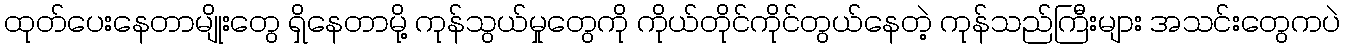
ထုတ်ပေးနေတာမျိုးတွေ ရှိနေတာမို့ ကုန်သွယ်မှုတွေကို ကိုယ်တိုင်ကိုင်တွယ်နေတဲ့ ကုန်သည်ကြီးများ အသင်းတွေကပဲ